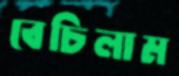
বেচিলাম